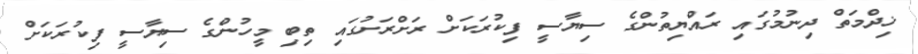
ޚިދްމަތް ދިނުމުގައި ރައްޔިތުންގެ ސިޔާސީ ފިކުރަކަށް ރަށްރަށުގައި ތިބި މީހުންގެ ސިޔާސީ ފިކުރަކަށް